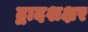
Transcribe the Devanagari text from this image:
द्वादशक्षर